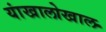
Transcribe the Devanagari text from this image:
यांखालोखाल